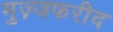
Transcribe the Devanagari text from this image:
मुज़्जफरीद